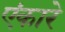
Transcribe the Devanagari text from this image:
एंकारे